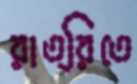
রাত্রিতে